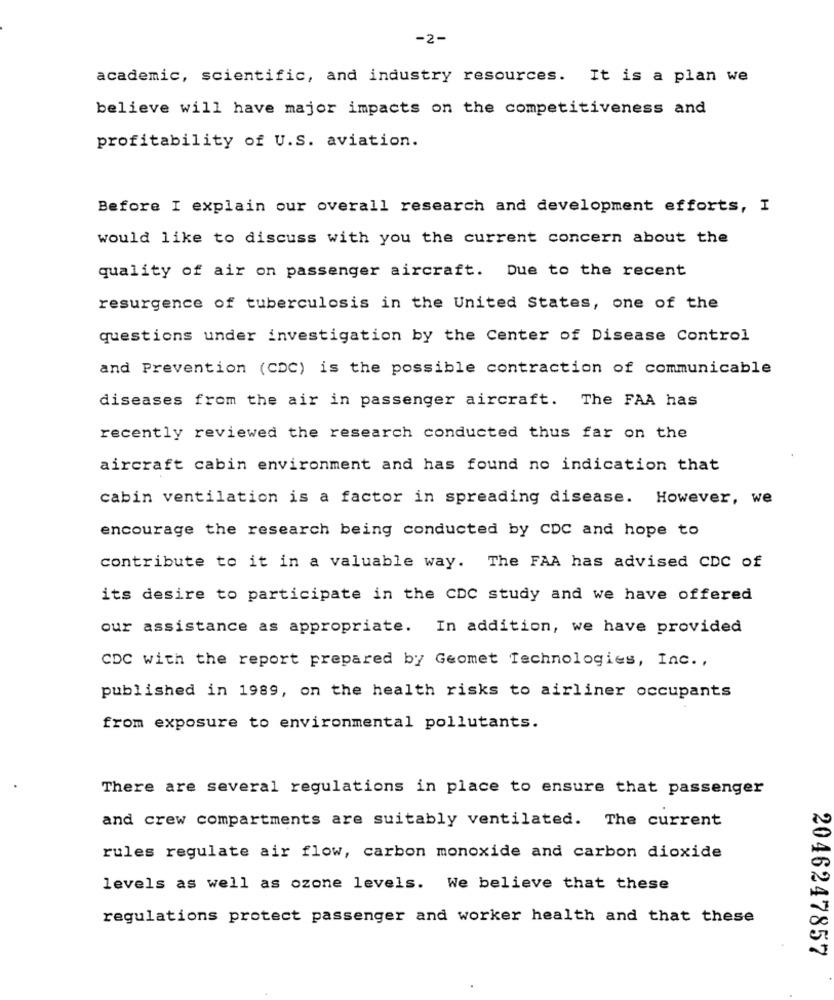
-2-
academic, scientific, and industry resources. It is a plan we
believe will have major impacts on the competitiveness and
profitability of U.S. aviation.
Before I explain our overall research and development efforts, I
would like to discuss with you the current concern about the
quality of air on passenger aircraft. Due to the recent
resurgence of tuberculosis in the United States, one of the
questions under investigation by the Center of Disease Control
and Prevention (CDC) is the possible contraction of communicable
diseases from the air in passenger aircraft. The FAA has
recently reviewed the research conducted thus far on the
aircraft cabin environment and has found no indication that
cabin ventilation is a factor in spreading disease. However, we
encourage the research being conducted by CDC and hope to
contribute to it in a valuable way. The FAA has advised CDC of
its desire to participate in the CDC study and we have offered
our assistance as appropriate. In addition, we have provided
CDC with the report prepared by Geomet Technologies, Inc .,
published in 1989, on the health risks to airliner occupants
from exposure to environmental pollutants.
There are several regulations in place to ensure that passenger
and crew compartments are suitably ventilated. The current
rules regulate air flow, carbon monoxide and carbon dioxide
levels as well as ozone levels. We believe that these
regulations protect passenger and worker health and that these
2046247857